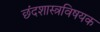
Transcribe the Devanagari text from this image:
छंदशास्त्रविषयक